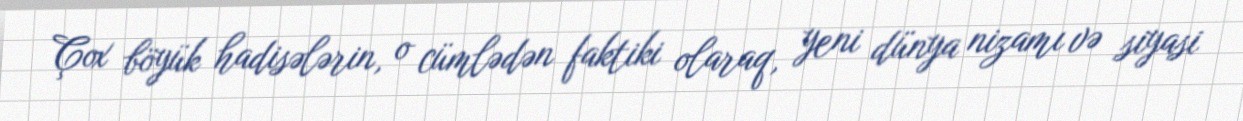
Çox böyük hadisələrin, o cümlədən faktiki olaraq, yeni dünya nizamı və siyasi